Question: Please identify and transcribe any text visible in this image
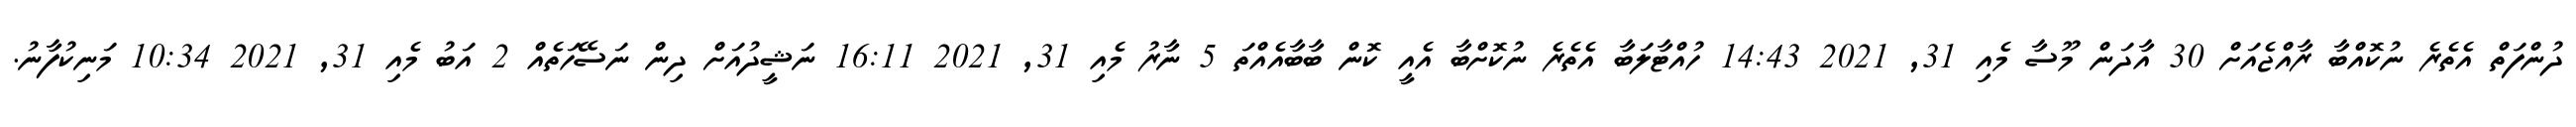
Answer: ދުންފަތް އެތެރެ ނުކޮއްބާ ރާއްޖެއަށް 30 އާދަން މޫސާ މެއި 31, 2021 14:43 ހުއްޓާލަބާ އެތެރެ ނުކޮށްބާ އެއީ ކޮން ބާބާއެއްތަ 5 ނާރު މެއި 31, 2021 16:11 ނަޝީދުއަށް ދިން ނަސޭހަތެއް 2 އަބު މެއި 31, 2021 10:34 މަނިކުފާނު.